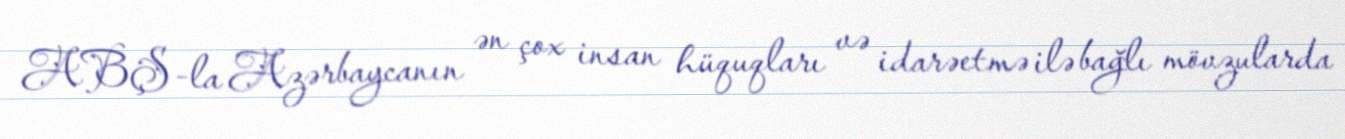
ABŞ-la Azərbaycanın ən çox insan hüquqları və idarəetmə ilə bağlı mövzularda